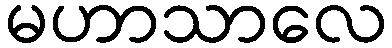
မဟာသာလေ